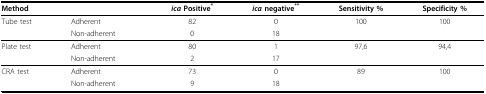
<table><thead><tr><td><b>Method</b></td><td></td><td><b><i>ica </i>Positive<sup>*</sup></b></td><td><b><i>ica </i>negative<sup>**</sup></b></td><td><b>Sensitivity %</b></td><td><b>Specificity %</b></td></tr></thead><tbody><tr><td>Tube test</td><td>Adherent</td><td>82</td><td>0</td><td>100</td><td>100</td></tr><tr><td></td><td>Non-adherent</td><td>0</td><td>18</td><td></td><td></td></tr><tr><td>Plate test</td><td>Adherent</td><td>80</td><td>1</td><td>97,6</td><td>94,4</td></tr><tr><td></td><td>Non-adherent</td><td>2</td><td>17</td><td></td><td></td></tr><tr><td>CRA test</td><td>Adherent</td><td>73</td><td>0</td><td>89</td><td>100</td></tr><tr><td></td><td>Non-adherent</td><td>9</td><td>18</td><td></td><td></td></tr></tbody></table>